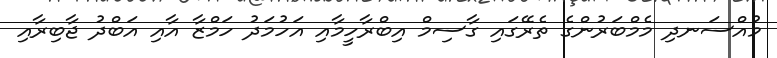
މުއްސަނދި މެމްބަރުންގެ ތެރޭގައި ގާސިމް އިބްރާހީމާއި އަހުމަދު ހަމްޒާ އާއި އަބްދު ޖާބިރާއި